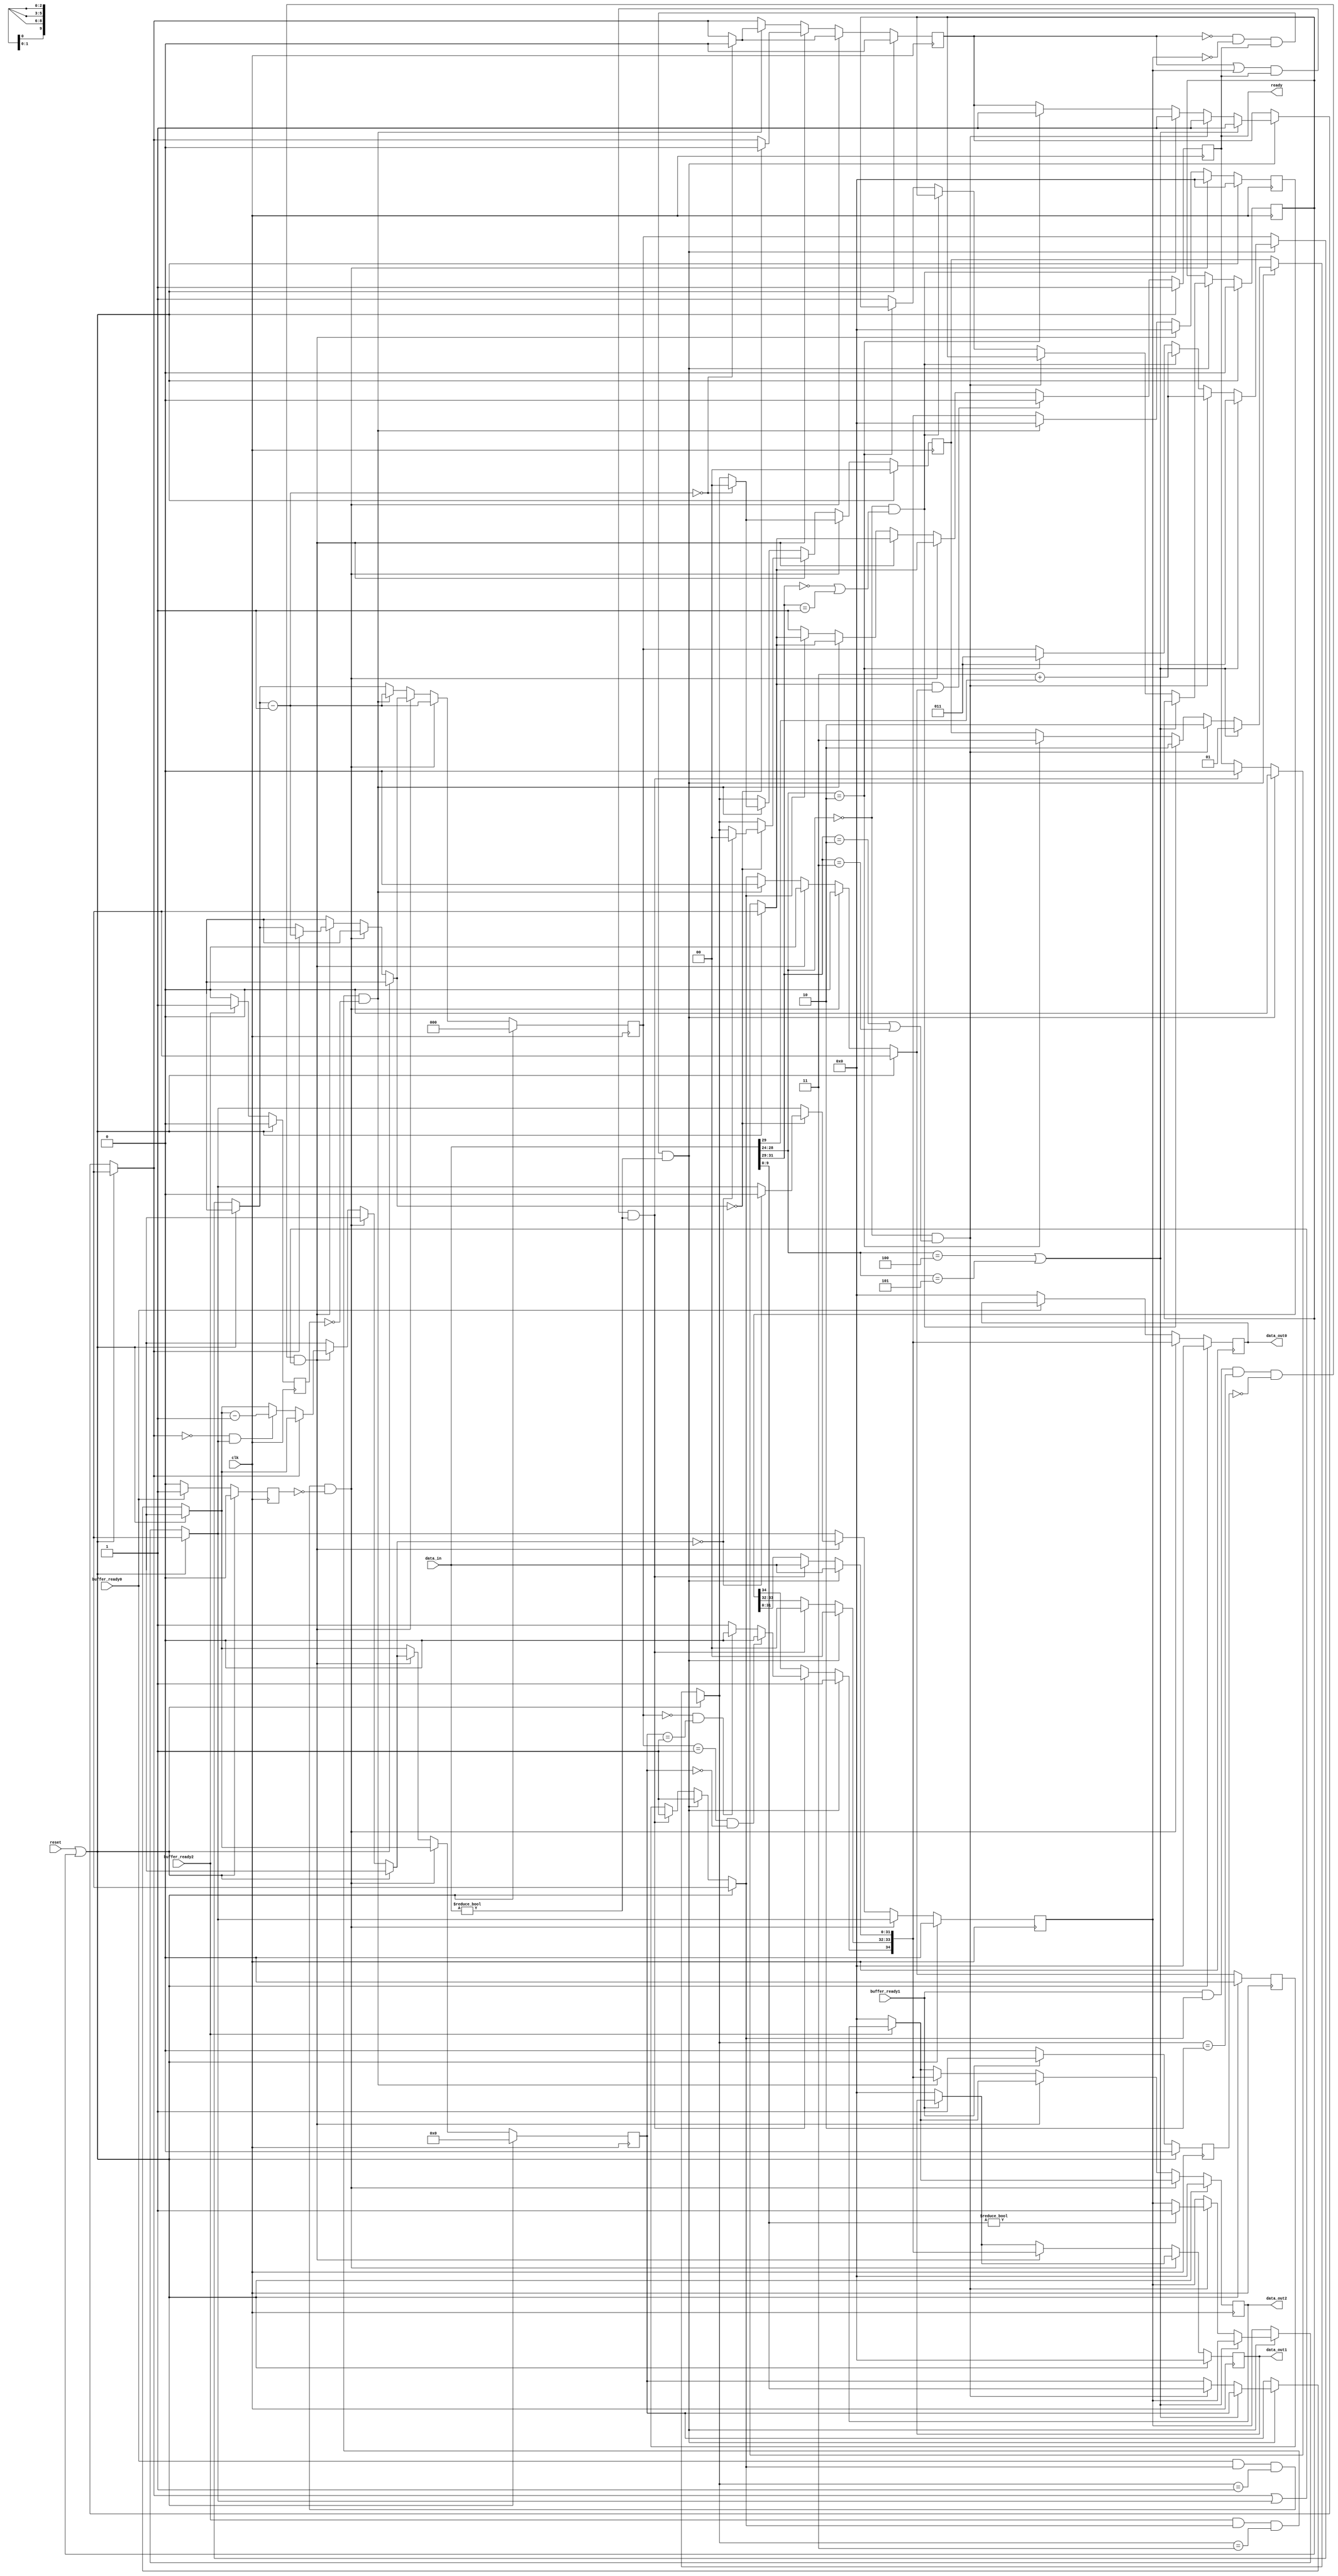
`timescale 1ns / 1ps 
`default_nettype none 

module ILR #(
	parameter LINK_NUMBER = 0
) (
	data_out0,
	data_out1,
	data_out2,
	ready,
	data_in,
	clk,
	reset,
	buffer_ready0,
	buffer_ready1,
	buffer_ready2
);

// Declare inputs 
	input [31:0] 	data_in;		//incoming data stream
	input		clk,			//clock signal
			reset,			//resets the ILR to a ready state, always need to start a test with a reset
			buffer_ready0,		//ready signal originating from buffer 0(configuration in this instance)
			buffer_ready1,		//ready signal originating from buffer 1(memory operations in this instance)
			buffer_ready2;		//ready signal originating from buffer 2(I/O operations)
	
// Declare output ports		    	
	output reg [34:0]	data_out0,	//output data stream to buffer 0 (35 bits to account for extra flags included)
				data_out1,	//output data stream to buffer 1
				data_out2;	//output data stream to buffer 2
	output reg 		ready;		//ready signal to the Testbench to signal when the ILR is ready to receive data
 
// Declare Middle Ports 
	reg [34:0] 	middle_register;	//register that takes data from the temporary register, and holds TLP and flag blocks prior to output
	reg [31:0]	input_register;		//temporary register that holds input TLP information
	reg [9:0]	payload_counter;	//specifies the amount of payload in memory writes, used to ensure the correct amount of payload is passed through
	reg [2:0]	header_counter;		//specifies whether the header is 96 or 128 bits long, used to ensure that correct amount of header is passed
	reg [1:0]	TLP_TFMT;		//specifies what type of TLP is being passed, used to route the TLP to the correct lane
	reg 		reset_register,		//register that holds the reset signal
			buffer0_register,	//when buffer 0 ready signal is received, it is written into this register, this also helps provide the necessary delay used in the timing scheme
			buffer1_register,	//when buffer 1 ready signal is received, it is written into this register, this also helps provide the necessary delay used in the timing scheme
			buffer2_register,	//when buffer 2 ready signal is received, it is written into this register, this also helps provide the necessary delay used in the timing scheme
			header_control,		//specifies whether header is currently being handled or not, is set on the first header received and stays high until the last header is output
			payload_control,	//specifies whether the ILR has handled all of the incoming payload on the current TLP (if any), when header control and payload control are 0, the next incoming data set will be the beginning of a new TLP
			ready_to_depart,	//when the necessary flags have been attached to the current data being held, this is set high so the ILR knows it can output the data
			buffer_ready_stale0,	//this flag and stale 1 and stale 2 is used to ensure the timing scheme works correctly 
			buffer_ready_stale1,	//there was a bug, where the buffer would signal ready at the same time as data would be received, and it would cause the data
			buffer_ready_stale2,	//to be output too late (and not be picked up by the buffer)
			internal_reset;		//if there is a invalid TLP (shouldn't happen, but incase there is) reset the system and wait for a valid one

// Module Instantiation

always @(posedge clk)
begin	
	//always set the input buffers to read from the input data lines (this data is not always used however)
	reset_register = reset;
	input_register = data_in;
	buffer0_register = buffer_ready0;
	buffer1_register = buffer_ready1;
	buffer2_register = buffer_ready2;
	//#1 to simulate the functionality of a physical system(can be removed on physical implementations)
	#1
	
	//initialization sequence
	//resets the ILR to the beginning state, this is always needed to clear x's at the beginnging of simulation
	if(reset_register == 1'b1 || internal_reset == 1'b1)
	begin
		data_out0 = 35'b0;
		data_out1 = 35'b0;
		data_out2 = 35'b0;
		ready = 1'b0;
		input_register = 32'b0;
		middle_register = 35'b0;
		payload_counter = 10'b0;
		TLP_TFMT = 3'b000;
		header_counter = 3'b000;
		buffer0_register = 1'b0;
		buffer1_register = 1'b0;
		buffer2_register = 1'b0;
		header_control = 1'b0;
		payload_control = 1'b0;
		ready_to_depart = 1'b0;
		internal_reset = 1'b0;
		buffer_ready_stale0 = 1'b0;
		buffer_ready_stale1 = 1'b0;
		buffer_ready_stale2 = 1'b0;
		ready = 1'b1;
	end

	else	
	begin	
		//initial packet setup
		if(header_control == 1'b0 && payload_control == 1'b0 && ready == 1 && input_register != 0)
		begin
			middle_register [31:0] = input_register;	//read in the header data
			middle_register [33:32] = LINK_NUMBER;		//set the originating lane assignment flags (LINK_NUMBER set in FPGA_Project.v)
			middle_register [34] = 1'b1;			//set the multiwidth flag high
			ready_to_depart = 1'b1;				//now that all flags and data are read in, this can be departed
			ready = 1'b0;					//tell the testbench the ILR is not ready until this data has been sent to the buffer

			//The next sections determine where the TLP is to be routed to

			//Configuration request parameters
			if(middle_register [28:24] == 5'b00100 || middle_register [28:24] == 5'b00101)
			begin
				TLP_TFMT = 2'b01;		//Configurations go to hardware subunit 0 in our design
				header_control = 1'b1;		//set header_control as we have read in a header
				header_counter = 3'b011;	//configurations are always 96 bits, therefore set header_counter to 3
			end
		
			//Memory Write request parameters
			else if(middle_register [28:24] == 5'b00000 && (middle_register [31:29] == 3'b010 || middle_register [31:29] == 3'b011))
			begin
				TLP_TFMT = 2'b10;				//memory writes go to hardware subunit 1 in our design
				header_control = 1'b1;				//set header_control as we have read in a header
				header_counter = 3'b011 + middle_register[29];	//memory write can be either 96 or 128 bits, bit 29 on the initial TLP specifies which, therefore it is used to set header_counter 
				payload_counter = middle_register[9:0];		//memory write should contain payload, therefore set payload counter to the expected amount of payload
				if(payload_counter != 0)
				begin	
					payload_control = 1'b1;			//if we have payload, set payload control until it is all sent through
				end
			end

			//Memory Read request parameters
			else if(middle_register [28:24] == 5'b00000 && (middle_register [31:29] == 3'b000 || middle_register [31:29] == 3'b001))
			begin
				TLP_TFMT = 2'b10;				//memory reads also go to hardware subunit 1 in our design
				header_control = 1'b1;				//set header_control as we have read in header
				header_counter = 3'b011 + middle_register[29];	//memory read can be either 96 or 128 bits, bit 29 on the initial TLP specifies which, therefore it is used to set header_counter
			end 
		
			//I/O request parameters
			else if(middle_register [28:24] == 5'b00010)
			begin
				TLP_TFMT = 2'b11;				//I/O operations go to hardware subunit 2 in our design
				header_control = 1'b1;				//set header_control as we have read in header
				header_counter = 3'b011;			//I/O will always be 96 bits, therefore set header_counter to 3
			end  
			
			//if it is an invalid TLP, reset
			else
			begin
				internal_reset = 1'b1;
			end   
		end

		//all subsequent packet setup
		else if((header_control == 1'b1 || payload_control == 1'b1) && ready == 1'b1 && input_register != 1'b0)
		begin
			middle_register [31:0] = input_register;	//read in subsequent header or payload data		
			middle_register [33:32] = LINK_NUMBER;		//set the originating lane flags (LINK_NUMBER set in FPGA_Project.v) 
			ready_to_depart = 1'b1;				//set the payload to be ready to depart
			ready = 1'b0;					//turn ready low until the current block of data is output

			//on the last cycle, drop Multi-Width flag
			if(header_counter == 3'b001 && payload_counter == 10'b0)	
			begin
				middle_register [34] = 1'b0;		//if this is the last header, and there is no payload then signal that this is the last block of data in this TLP
			end
			
			else if(header_counter == 1'b0 && payload_counter == 10'b0000000001)
			begin
				middle_register[34] = 1'b0;		//else, if this is the last payload, then signal that this is the last block of data in the TLP
			end
		
			//if it is not the last cycle, leave Multi-Width flag high
			else
			begin
				middle_register[34] = 1'b1;		//otherwise, if it is not the last block of data then leave the multiwidth flag high
			end
		end



		//if the ready signals from the buffers are low, drop the output
		if(buffer0_register == 1'b0)
		begin
			data_out0 <= 35'b0;
		end
		
		if(buffer1_register == 1'b0)
		begin
			data_out1 <= 35'b0;
		end

		if(buffer2_register == 1'b0)
		begin
			data_out2 <= 35'b0;
		end



		//if output conditions for buffer0 are met, output data
		if(buffer0_register == 1'b1 && ready_to_depart == 1'b1 && TLP_TFMT == 2'b01 && buffer_ready_stale0 != 1'b1)
		begin
			data_out0 <= middle_register;		//output the data (set data onto output line)
			ready_to_depart = 1'b0;			//no longer ready to depart as data is now gone
			middle_register <= 1'b0;		//clear the middle register to read in new data
			header_counter = header_counter - 1'b1;	//subtract one from the header_counter(configurations have no payload)
			if(header_counter == 3'b0)
			begin
				header_control <= 1'b0;		//if there is no more header data, drop header control so the ILR knows the next block of data is a new TLP 
				TLP_TFMT <= 1'b0;		//clear the register that specifies which lane the TLP is to go to
			end
		end
		
		//if output conditions for buffer1 are met, output data
		else if(buffer1_register == 1'b1 && ready_to_depart == 1'b1 && TLP_TFMT == 2'b10 && buffer_ready_stale1 != 1'b1 && (header_control == 1'b1 || payload_control == 1'b1))
		begin
			data_out1 <= middle_register;					//output the data
			ready_to_depart = 1'b0;						//no longer ready to depart as data is now gone
			middle_register <= 35'b0;					//clear the middle register to read in new data
			if(header_control == 1'b1)
			begin
				header_counter = header_counter - 1'b1;			//as long as we are still handling headers, subtract one from the counter until it hits 0 (signaling all header data has been output)
			end
			else if(header_control == 1'b0 && payload_control == 1'b1)
			begin
				payload_counter = payload_counter - 1'b1;		//if we are no longer handling headers, but instead payload then subtract one from the payload counter until it reaches 0 
			end

			if(header_counter == 3'b0)
			begin
				header_control <= 1'b0;					//if we have finished outputting header, drop header_control
				if(payload_counter == 10'b0)	
				begin
					payload_control <= 1'b0;			//if we have also finished outputting payload, drop payload_control
					TLP_TFMT <= 2'b00;				//after header and payload have been finished, reset the destination flags
				end
			end
		end

		//if output conditions for buffer2 are met, output data
		else if(buffer2_register == 1'b1 && ready_to_depart == 1'b1 && TLP_TFMT == 2'b11 && buffer_ready_stale2 != 1'b1)
		begin
			data_out2 <= middle_register;			//output the data
			ready_to_depart = 1'b0;				//no longer ready to depart as data is now gone
			middle_register <= 35'b0;			//clear the middle register to read in new data
			header_counter = header_counter - 1'b1;		//subtract one from the header_counter (until it is 0)
			if(header_counter == 3'b0)
			begin
				header_control <= 1'b0;			//when all header has been output, drop header_control to signal the next 32 bit block will be a new TLP
				TLP_TFMT <= 2'b0;			//reset the destination flags
			end
		end

		//if not ready to depart(i.e. are not holding data) then signal that the ILR is ready to handle more data
		else if(ready_to_depart != 1'b1)
		begin
			ready <= 1'b1;
		end
	
		//if we are currently ready, and ready_to_depart is high then we should not be ready (this is here as a bug fix)
		if(ready == 1'b1 && ready_to_depart == 1'b1)
		begin
			ready <= 1'b0;
		end

		//once buffers have been high for one cycle, they are stale and we do not want to output to them
		if(buffer0_register == 1'b1)
		begin
			buffer_ready_stale0 = 1'b1;
		end
		else
		begin
			buffer_ready_stale0 = 1'b0;
		end

		if(buffer1_register == 1'b1)
		begin
			buffer_ready_stale1 = 1'b1;
		end
		else
		begin
			buffer_ready_stale1 = 1'b0;
		end

		if(buffer2_register == 1'b1)
		begin
			buffer_ready_stale2 = 1'b1;
		end
		else
		begin
			buffer_ready_stale2 = 1'b0;
		end
	end
end
endmodule